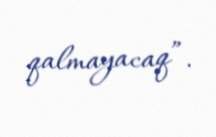
qalmayacaq”.